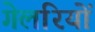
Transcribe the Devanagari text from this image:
गेलरियों